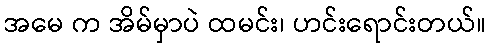
အမေ က အိမ်မှာပဲ ထမင်း၊ ဟင်းရောင်းတယ်။